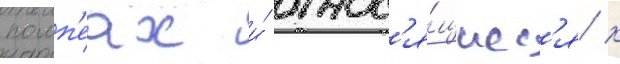
помп'еах и́ относ'я́щиес'я к